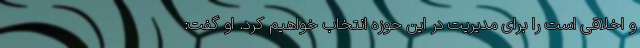
و اخلاقی است را برای مدیریت در این حوزه انتخاب خواهیم کرد. او گفت: